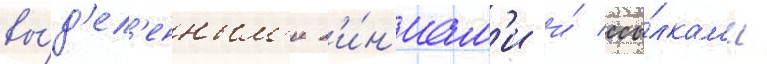
вы́д'ел'енным'и л'и́н'иам'и и́ ссы́лкам'и